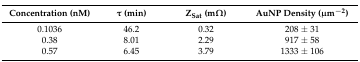
| Concentration (nM) | τ (min) | ZSat (mΩ) | AuNP Density (μm−2) |
 | --- | --- | --- | --- |
 | 0.1036 | 46.2 | 0.32 | 208 ± 31 |
 | 0.38 | 8.01 | 2.29 | 917 ± 58 |
 | 0.57 | 6.45 | 3.79 | 1333 ± 106 |